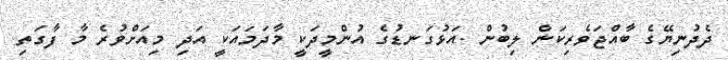
ދެދުނިޔޭގެ ބާއްޖަވެރިކަން ލިބުން .އަޅުގަނޑުގެ އުންމީދަކީ މާދަމައަކީ އަދި މިއަށްވުރެ މާ ފާގަތި